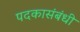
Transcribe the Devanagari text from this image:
पदकासंबंधी